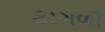
ફાગળી